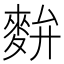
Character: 𪌚